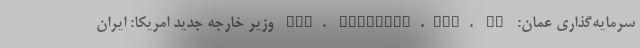
سرمایه‌گذاری عمان: www. business.gov. om وزیر خارجه جدید امریکا: ایران